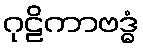
ဂုဠိကာဗဒ္ဓံ